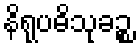
နိရုပဓိသုခဉ္စ